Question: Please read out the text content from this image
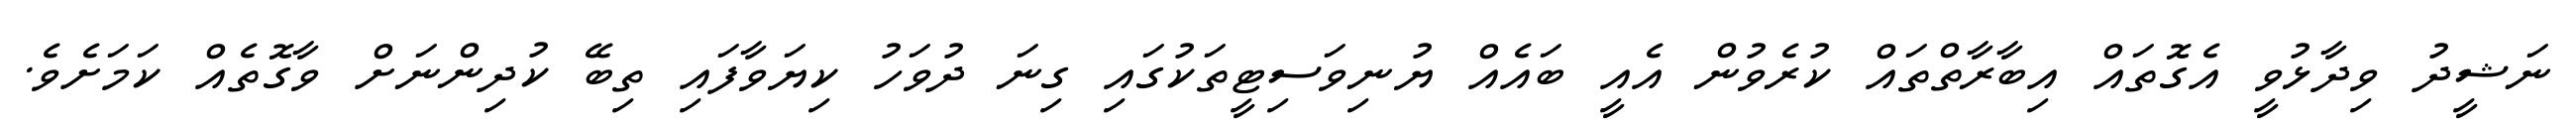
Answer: ނަޝީދު ވިދާޅުވީ އެގޮތައް އިބާރާތްތައް ކުރެވުން އެއީ ބައެއް ޔުނިވަސިޓީތަކުގައި ގިނަ ދުވަހު ކިޔަވާފައި ތިބޭ ކުދިންނަށް ވާގޮތެއް ކަމަށެވެ.